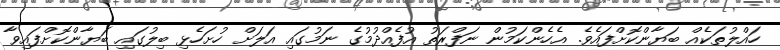
ހައްލުތަކެއް ބަޔާންކޮށްފައެވެ. އެހެންކަމުން ނަފްރަތު އުފެއްދުމުގެ ނަމުގައި އަލަށް ހުށަހެޅި ބިލުގައި ބަޔާންކޮށްފައިވާ